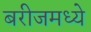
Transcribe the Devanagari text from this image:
बरीजमध्ये